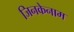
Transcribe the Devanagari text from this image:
जिनकेनाम